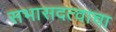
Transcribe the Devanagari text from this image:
सभासदत्वाचा